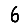
Digit: 6